Reports on dispensaries and lunatic asylums in the Province of Oudh - 1869-1876
Year: 1869
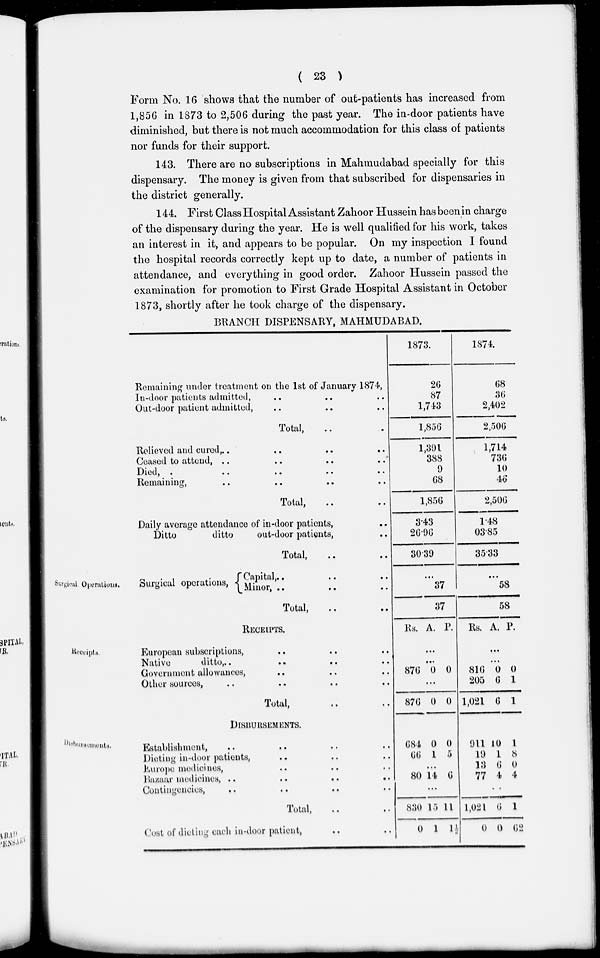
( 23 )
Form No. 16 shows that the number of out-patients has increased from
1,856 in 1873 to 2,506 during the past year. The in-door patients have
diminished, but there is not much accommodation for this class of patients
nor funds for their support.
143. There are no subscriptions in Mahmudabad specially for this
dispensary. The money is given from that subscribed for dispensaries in
the district generally.
144. First Class Hospital Assistant Zahoor Hussein has been in charge
of the dispensary during the year. He is well qualified for his work, takes
an interest in it, and appears to be popular. On my inspection I found
the hospital records correctly kept up to date, a number of patients in
attendance, and everything in good order. Zahoor Hussein passed the
examination for promotion to First Grade Hospital Assistant in October
1873, shortly after he took charge of the dispensary.
BRANCH DISPENSARY, MAHMUDABAD.
Remaining under treatment on the 1st of January 1874,
In-door patients admitted, .. .. ..
Out-door patient admitted, .. .. ..
Total, .. ..
Relieved and cured,
..
..
..
..
Ceased to attend, .. .. .. ..
Died, .. .. .. .. ..
Remaining, .. .. .. ..
Total, .. ..
Daily average attendance of in-door patients, ..
Ditto
ditto
out-door patients, ..
Total, .. ..
1873.
26
87
1,743
1,856
1,391
388
9
68
1,856
3.43
26.96
30.39
1874.
68
36
2,402
2,506
1,714
736
10
46
2,506
1.48
03.85
35.33
Surgical Operations.
Surgical operations,
Capital , .. .. ..
Minor, .. .. ..
Total,
...
37
37
...
58
58
Receipts.
RECEIPTS.
European subscriptions, .. .. ..
Native
ditto, .. .. .. ..
Government allowances, .. .. ..
Other sources, .. .. .. ..
Total, .. ..
Rs. A. P.
...
...
876 0 0
...
876 0 0
Rs. A. P.
...
...
816
205
1,021
0
6
6
0
1
1
Disbursements.
DISBURSEMENTS.
Establishment, .. .. .. ..
Dieting in-door patients, .. .. ..
Europe medicines, .. .. ..
Bazaar medicines ,
..
..
..
..
Contingencies, .. .. .. ..
Total, .. ..
Cost of dieting each in-door patient, .. ..
684
66
0
1
0
5
...
80 14 6
...
830
0
15
1
11
1½
911
19
13
77
10
1
6
4
1
8
0
4
..
1,021
0
6
0
1
62